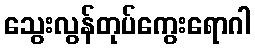
သွေးလွန်တုပ်ကွေးရောဂါ